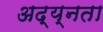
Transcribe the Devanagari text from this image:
अद्य्नता